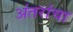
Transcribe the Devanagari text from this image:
अंतरांचा